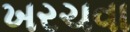
ખરચવા